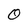
Character: 0